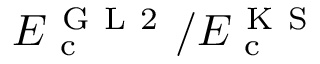
E _ { \mathrm { ~ c ~ } } ^ { \mathrm { ~ G ~ L ~ 2 ~ } } / E _ { \mathrm { ~ c ~ } } ^ { \mathrm { ~ K ~ S ~ } }